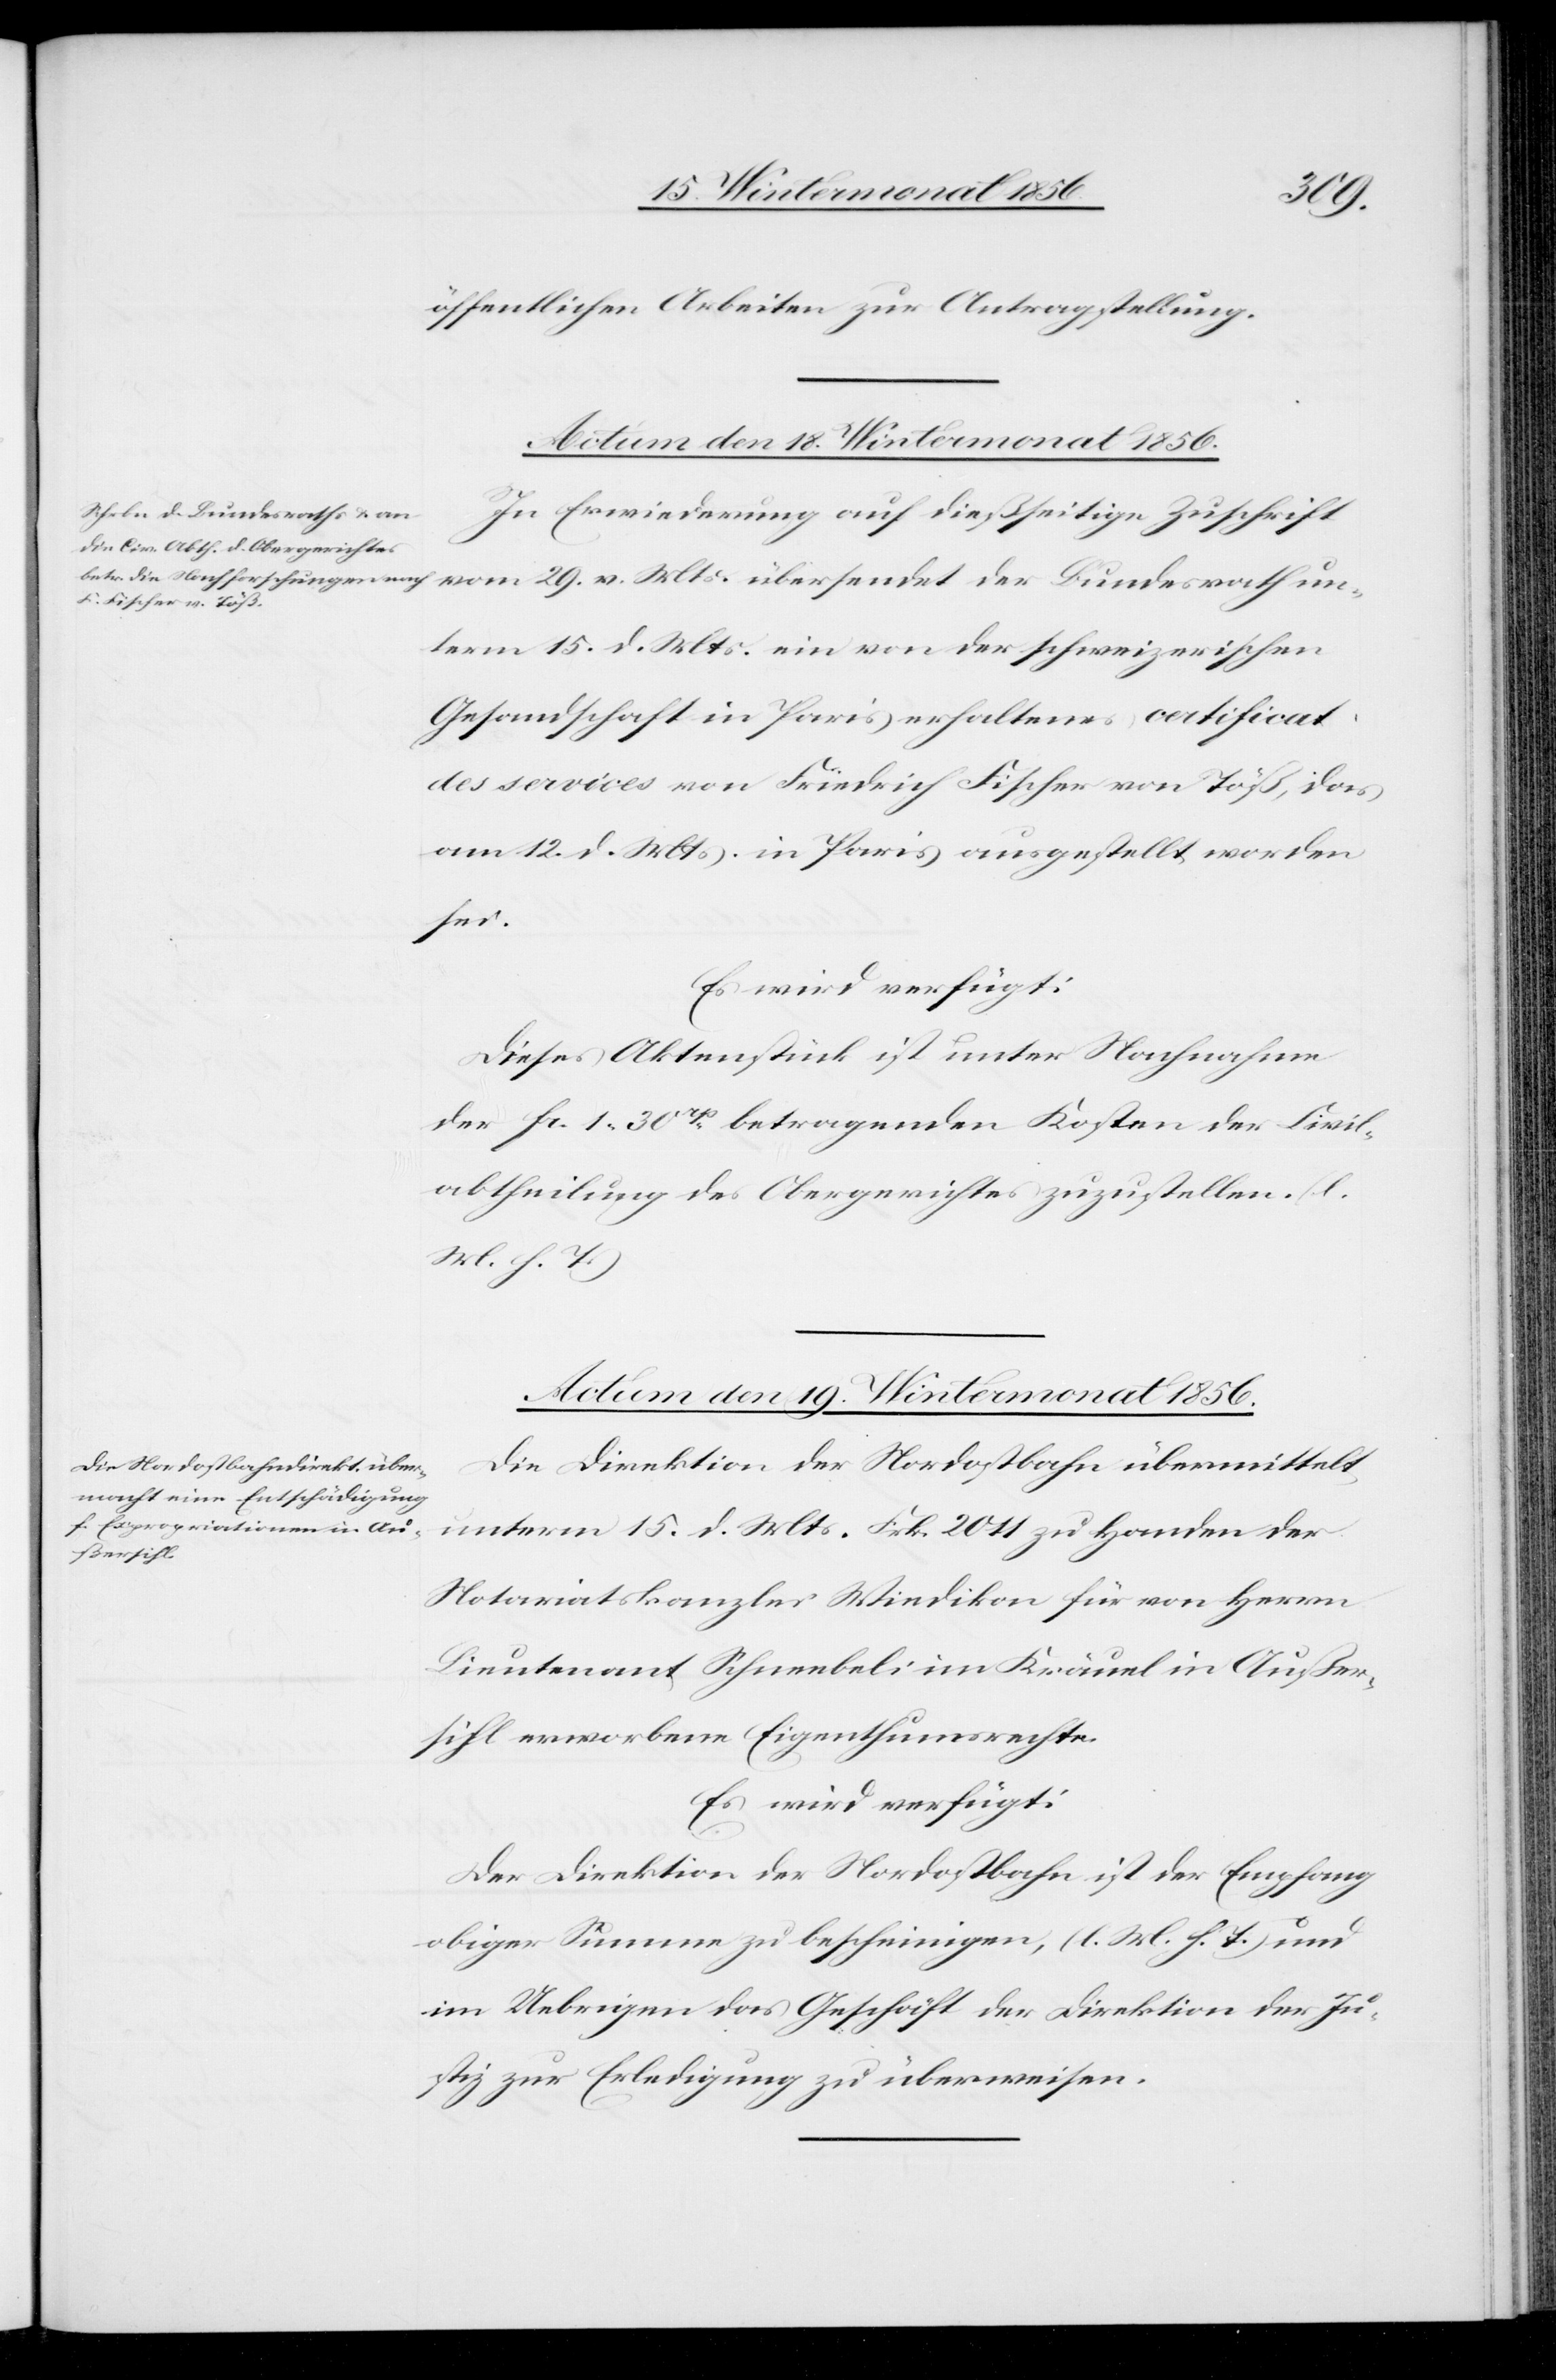
öffentlichen Arbeiten zur Antragstellung.
Actum den 18. Wintermonat 1856.
In Erwiederung auf dießseitige Zuschrift
vom 29. v. Mts. übersendet der Bundesrath un¬
term 15. d. Mts. ein von der schweizerischen
Gesandtschaft in Paris erhaltenes certificat
des services von Friedrich Fischer von Töß, das
am 12. d. Mts. in Paris ausgestellt worden
sei.
Es wird verfügt:
Dieses Aktenstück ist unter Nachnahme
der fc. 1. 30rp betragenden Kosten der Civil¬
abtheilung des Obergerichtes zuzustellen. (l.
M. h. T.)
Actum den 19. Wintermonat 1856.
Die Direktion der Nordostbahn übermittelt
unterm 15. d. Mts. Frk. 2011 zu Handen der
Notariatskanzlei Wiedikon für von Herrn
Lieutenant Schneebeli im Kräuel in Außer¬
sihl erworbene Eigenthumsrechte.
Es wird verfügt:
Der Direktion der Nordostbahn ist der Empfang
obiger Summe zu bescheinigen, (l. M. h. T.) und
im Uebrigen das Geschäft der Direktion der Ju¬
stiz zur Erledigung zu überweisen.